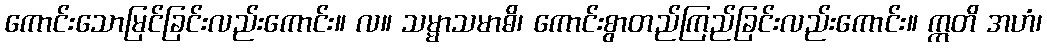
ကောင်းသောမြင်ခြင်းလည်းကောင်း။ လ။ သမ္မာသမာဓိ၊ ကောင်းစွာတည်ကြည်ခြင်းလည်းကောင်း။ ဣတိ အဟံ၊